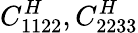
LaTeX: C_{1122}^{H},C_{2233}^{H}